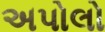
અપોલો